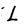
Character: L